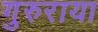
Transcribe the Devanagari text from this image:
गुरुराया